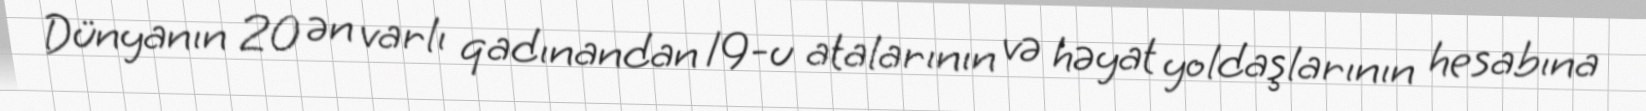
Dünyanın 20 ən varlı qadınandan 19-u atalarının və həyat yoldaşlarının hesabına